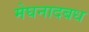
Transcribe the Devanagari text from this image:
मेघनादबध